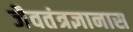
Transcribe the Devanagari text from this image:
जैवतंत्रज्ञानास